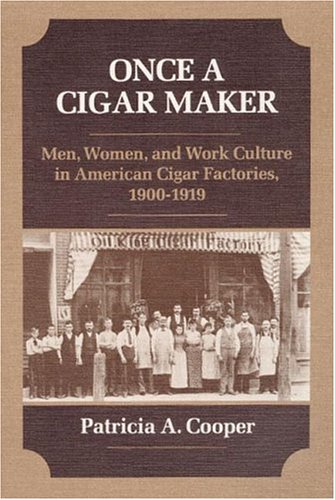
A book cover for Once a Cigar Maker: Men, Women, and Work Culture in American Cigar Factories, 1900-1919 (Working Class in American History); Patricia A. Cooper; Business & Money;